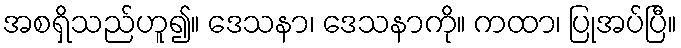
အစရှိသည်ဟူ၍။ ဒေသနာ၊ ဒေသနာကို။ ကထာ၊ ပြုအပ်ပြီ။